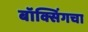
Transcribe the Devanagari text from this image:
बॉक्सिंगचा